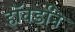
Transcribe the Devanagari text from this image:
हॉवर्डांने